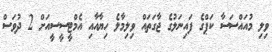
ވިލި މުއައްސަސާ ކަޕްގެ ފައިނަލުގެ ޖާގަތައް ވިލިމާލެ ހިޔާއާއި އެމްޓީސީސީއަށް 2 ދުވަސް